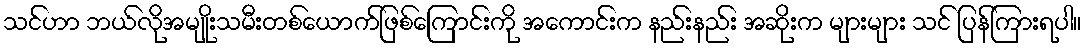
သင်ဟာ ဘယ်လိုအမျိုးသမီးတစ်ယောက်ဖြစ်ကြောင်းကို အကောင်းက နည်းနည်း အဆိုးက များများ သင် ပြန်ကြားရပါ။